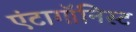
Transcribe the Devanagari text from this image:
एंटागॉनिस्ट